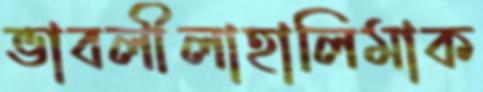
ভাবলীলাহালিমাক